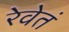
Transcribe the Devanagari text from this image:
रेवेतं